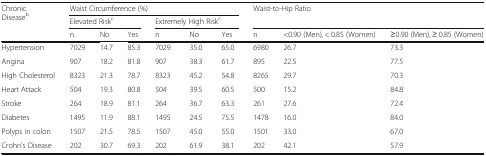
<table><thead><tr><td rowspan="3"><b>Chronic Disease<sup>b</sup></b></td><td colspan="6"><b>Waist Circumference (%)</b></td><td rowspan="2" colspan="3"><b>Waist-to-Hip Ratio</b></td></tr><tr><td colspan="3"><b>Elevated Risk<sup>c</sup></b></td><td colspan="3"><b>Extremely High Risk<sup>c</sup></b></td></tr><tr><td><b>n</b></td><td><b>No</b></td><td><b>Yes</b></td><td><b>n</b></td><td><b>No</b></td><td><b>Yes</b></td><td><b>n</b></td><td><b>&lt;0.90 (Men), &lt; 0.85 (Women)</b></td><td><b>≥0.90 (Men), ≥ 0.85 (Women)</b></td></tr></thead><tbody><tr><td>Hypertension</td><td>7029</td><td>14.7</td><td>85.3</td><td>7029</td><td>35.0</td><td>65.0</td><td>6980</td><td>26.7</td><td>73.3</td></tr><tr><td>Angina</td><td>907</td><td>18.2</td><td>81.8</td><td>907</td><td>38.3</td><td>61.7</td><td>895</td><td>22.5</td><td>77.5</td></tr><tr><td>High Cholesterol</td><td>8323</td><td>21.3</td><td>78.7</td><td>8323</td><td>45.2</td><td>54.8</td><td>8265</td><td>29.7</td><td>70.3</td></tr><tr><td>Heart Attack</td><td>504</td><td>19.3</td><td>80.8</td><td>504</td><td>39.5</td><td>60.5</td><td>500</td><td>15.2</td><td>84.8</td></tr><tr><td>Stroke</td><td>264</td><td>18.9</td><td>81.1</td><td>264</td><td>36.7</td><td>63.3</td><td>261</td><td>27.6</td><td>72.4</td></tr><tr><td>Diabetes</td><td>1495</td><td>11.9</td><td>88.1</td><td>1495</td><td>24.5</td><td>75.5</td><td>1478</td><td>16.0</td><td>84.0</td></tr><tr><td>Polyps in colon</td><td>1507</td><td>21.5</td><td>78.5</td><td>1507</td><td>45.0</td><td>55.0</td><td>1501</td><td>33.0</td><td>67.0</td></tr><tr><td>Crohn’s Disease</td><td>202</td><td>30.7</td><td>69.3</td><td>202</td><td>61.9</td><td>38.1</td><td>202</td><td>42.1</td><td>57.9</td></tr></tbody></table>